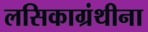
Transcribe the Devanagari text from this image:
लसिकाग्रंथीना